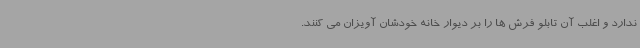
ندارد و اغلب آن تابلو فرش ها را بر دیوار خانه خودشان آویزان می کنند.